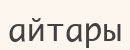
айтары